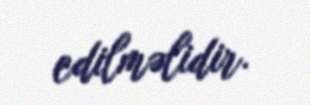
edilməlidir.